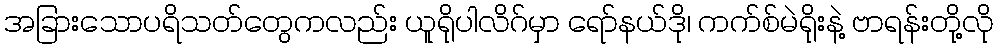
အခြားသောပရိသတ်တွေကလည်း ယူရိုပါလိဂ်မှာ ရော်နယ်ဒို၊ ကက်စ်မဲရိုးနဲ့ ဗာရန်းတို့လို